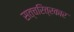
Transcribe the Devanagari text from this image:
सत्चरित्रकार